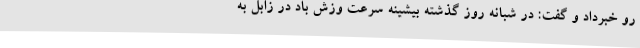
رو خبرداد و گفت: در شبانه روز گذشته بیشینه سرعت وزش باد در زابل به